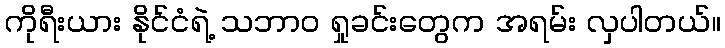
ကိုရီးယား နိုင်ငံရဲ့ သဘာဝ ရှုခင်းတွေက အရမ်း လှပါတယ်။